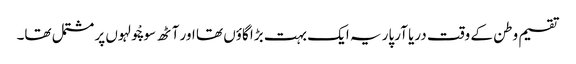
تقسیم وطن کے وقت دریا آرپار یہ ایک بہت بڑا گاؤں تھا اور آٹھ سو چْولہوں پر مشتمل تھا۔